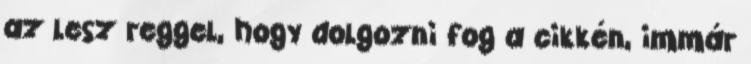
az lesz reggel, hogy dolgozni fog a cikkén, immár